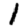
Digit: 1